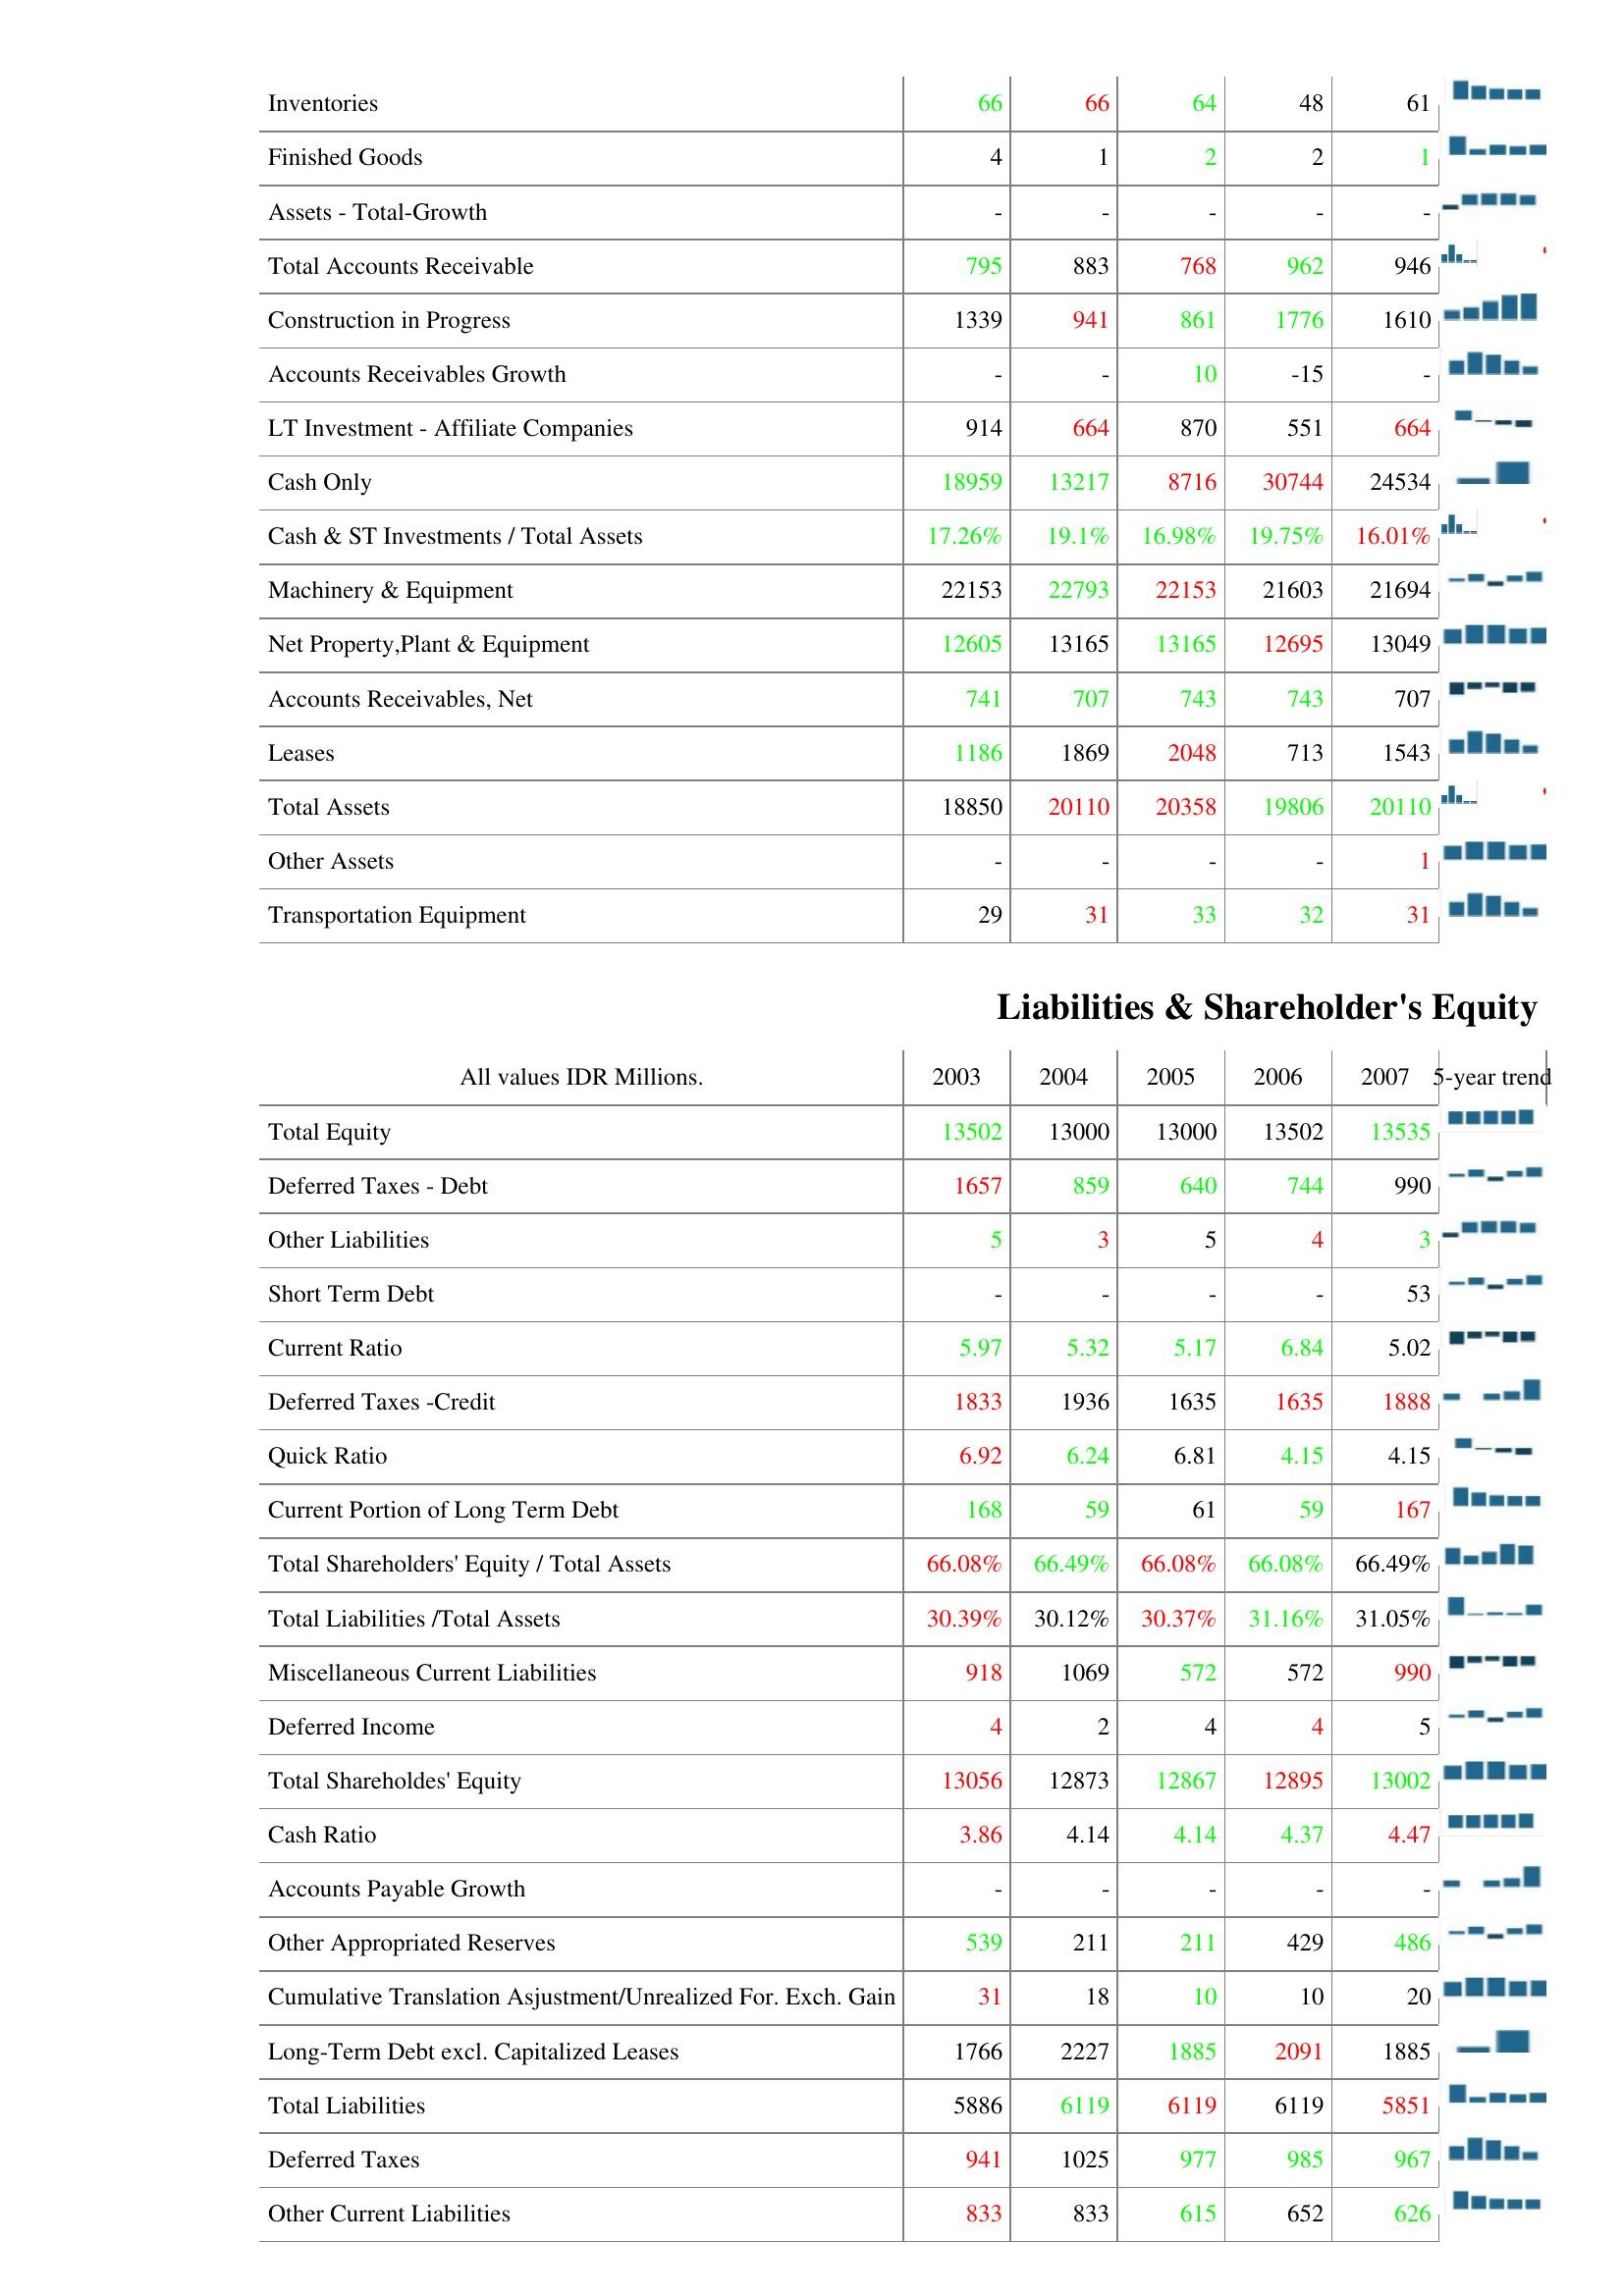
2003: Assets: Inventories: 66
Finished Goods: 4
Assets - Total-Growth: -
Total Accounts Receivable: 795
Construction in Progress: 1339
Accounts Receivables Growth: -
LT Investment - Affiliate Companies: 914
Cash Only: 18959
Cash & ST Investments / Total Assets: 17.26%
Machinery & Equipment: 22153
Net Property,Plant & Equipment: 12605
Accounts Receivables, Net: 741
Leases: 1186
Total Assets: 18850
Other Assets: -
Transportation Equipment: 29
Liabilities & Shareholder's Equity: Total Equity: 13502
Deferred Taxes - Debt: 1657
Other Liabilities: 5
Short Term Debt: -
Current Ratio: 5.97
Deferred Taxes -Credit: 1833
Quick Ratio: 6.92
Current Portion of Long Term Debt: 168
Total Shareholders' Equity / Total Assets: 66.08%
Total Liabilities /Total Assets: 30.39%
Miscellaneous Current Liabilities: 918
Deferred Income: 4
Total Shareholdes' Equity: 13056
Cash Ratio: 3.86
Accounts Payable Growth: -
Other Appropriated Reserves: 539
Cumulative Translation Asjustment/Unrealized For. Exch. Gain: 31
Long-Term Debt excl. Capitalized Leases: 1766
Total Liabilities: 5886
Deferred Taxes: 941
Other Current Liabilities: 833
2004: Assets: Inventories: 66
Finished Goods: 1
Assets - Total-Growth: -
Total Accounts Receivable: 883
Construction in Progress: 941
Accounts Receivables Growth: -
LT Investment - Affiliate Companies: 664
Cash Only: 13217
Cash & ST Investments / Total Assets: 19.1%
Machinery & Equipment: 22793
Net Property,Plant & Equipment: 13165
Accounts Receivables, Net: 707
Leases: 1869
Total Assets: 20110
Other Assets: -
Transportation Equipment: 31
Liabilities & Shareholder's Equity: Total Equity: 13000
Deferred Taxes - Debt: 859
Other Liabilities: 3
Short Term Debt: -
Current Ratio: 5.32
Deferred Taxes -Credit: 1936
Quick Ratio: 6.24
Current Portion of Long Term Debt: 59
Total Shareholders' Equity / Total Assets: 66.49%
Total Liabilities /Total Assets: 30.12%
Miscellaneous Current Liabilities: 1069
Deferred Income: 2
Total Shareholdes' Equity: 12873
Cash Ratio: 4.14
Accounts Payable Growth: -
Other Appropriated Reserves: 211
Cumulative Translation Asjustment/Unrealized For. Exch. Gain: 18
Long-Term Debt excl. Capitalized Leases: 2227
Total Liabilities: 6119
Deferred Taxes: 1025
Other Current Liabilities: 833
2005: Assets: Inventories: 64
Finished Goods: 2
Assets - Total-Growth: -
Total Accounts Receivable: 768
Construction in Progress: 861
Accounts Receivables Growth: 10
LT Investment - Affiliate Companies: 870
Cash Only: 8716
Cash & ST Investments / Total Assets: 16.98%
Machinery & Equipment: 22153
Net Property,Plant & Equipment: 13165
Accounts Receivables, Net: 743
Leases: 2048
Total Assets: 20358
Other Assets: -
Transportation Equipment: 33
Liabilities & Shareholder's Equity: Total Equity: 13000
Deferred Taxes - Debt: 640
Other Liabilities: 5
Short Term Debt: -
Current Ratio: 5.17
Deferred Taxes -Credit: 1635
Quick Ratio: 6.81
Current Portion of Long Term Debt: 61
Total Shareholders' Equity / Total Assets: 66.08%
Total Liabilities /Total Assets: 30.37%
Miscellaneous Current Liabilities: 572
Deferred Income: 4
Total Shareholdes' Equity: 12867
Cash Ratio: 4.14
Accounts Payable Growth: -
Other Appropriated Reserves: 211
Cumulative Translation Asjustment/Unrealized For. Exch. Gain: 10
Long-Term Debt excl. Capitalized Leases: 1885
Total Liabilities: 6119
Deferred Taxes: 977
Other Current Liabilities: 615
2006: Assets: Inventories: 48
Finished Goods: 2
Assets - Total-Growth: -
Total Accounts Receivable: 962
Construction in Progress: 1776
Accounts Receivables Growth: -15
LT Investment - Affiliate Companies: 551
Cash Only: 30744
Cash & ST Investments / Total Assets: 19.75%
Machinery & Equipment: 21603
Net Property,Plant & Equipment: 12695
Accounts Receivables, Net: 743
Leases: 713
Total Assets: 19806
Other Assets: -
Transportation Equipment: 32
Liabilities & Shareholder's Equity: Total Equity: 13502
Deferred Taxes - Debt: 744
Other Liabilities: 4
Short Term Debt: -
Current Ratio: 6.84
Deferred Taxes -Credit: 1635
Quick Ratio: 4.15
Current Portion of Long Term Debt: 59
Total Shareholders' Equity / Total Assets: 66.08%
Total Liabilities /Total Assets: 31.16%
Miscellaneous Current Liabilities: 572
Deferred Income: 4
Total Shareholdes' Equity: 12895
Cash Ratio: 4.37
Accounts Payable Growth: -
Other Appropriated Reserves: 429
Cumulative Translation Asjustment/Unrealized For. Exch. Gain: 10
Long-Term Debt excl. Capitalized Leases: 2091
Total Liabilities: 6119
Deferred Taxes: 985
Other Current Liabilities: 652
2007: Assets: Inventories: 61
Finished Goods: 1
Assets - Total-Growth: -
Total Accounts Receivable: 946
Construction in Progress: 1610
Accounts Receivables Growth: -
LT Investment - Affiliate Companies: 664
Cash Only: 24534
Cash & ST Investments / Total Assets: 16.01%
Machinery & Equipment: 21694
Net Property,Plant & Equipment: 13049
Accounts Receivables, Net: 707
Leases: 1543
Total Assets: 20110
Other Assets: 1
Transportation Equipment: 31
Liabilities & Shareholder's Equity: Total Equity: 13535
Deferred Taxes - Debt: 990
Other Liabilities: 3
Short Term Debt: 53
Current Ratio: 5.02
Deferred Taxes -Credit: 1888
Quick Ratio: 4.15
Current Portion of Long Term Debt: 167
Total Shareholders' Equity / Total Assets: 66.49%
Total Liabilities /Total Assets: 31.05%
Miscellaneous Current Liabilities: 990
Deferred Income: 5
Total Shareholdes' Equity: 13002
Cash Ratio: 4.47
Accounts Payable Growth: -
Other Appropriated Reserves: 486
Cumulative Translation Asjustment/Unrealized For. Exch. Gain: 20
Long-Term Debt excl. Capitalized Leases: 1885
Total Liabilities: 5851
Deferred Taxes: 967
Other Current Liabilities: 626